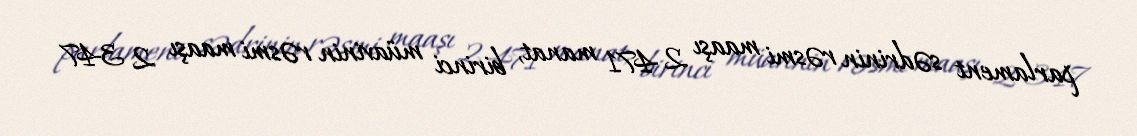
parlament sədrinin rəsmi maaşı 2 471 manat, birinci müavinin rəsmi maaşı 2 347